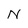
Character: N